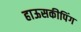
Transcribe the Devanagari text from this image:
हाऊसकीपिंग